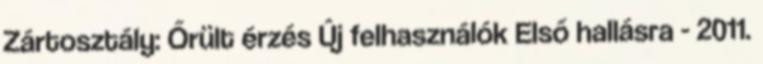
Zártosztály: Őrült érzés Új felhasználók Első hallásra - 2011.